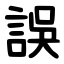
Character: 誤